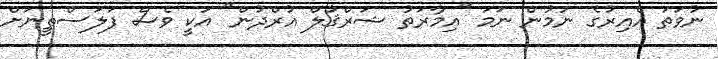
ނުވަތަ އެއިރުގެ ނަމުން ނަމަ "އިމާރަތު ޝަރްޤުލް އުރްދުން" އަކީ ވެސް ފަލަސްޠީނަށް